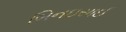
બિનઇસાઈ